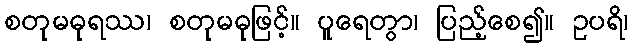
စတုမဓုရဿ၊ စတုမဓုဖြင့်။ ပူရေတွာ၊ ပြည့်စေ၍။ ဥပရိ၊